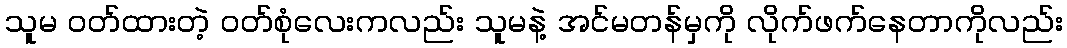
သူမ ဝတ်ထားတဲ့ ဝတ်စုံလေးကလည်း သူမနဲ့ အင်မတန်မှကို လိုက်ဖက်နေတာကိုလည်း